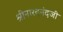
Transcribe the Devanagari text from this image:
श्रीनारदनंदजी